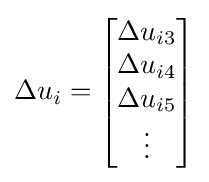
\Delta u_{i}={\begin{bmatrix}\Delta u_{i3}\\\Delta u_{i4}\\\Delta u_{i5}\\\vdots \end{bmatrix}}